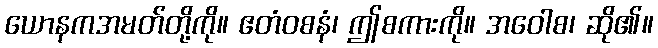
ယောနကအမတ်တို့ကို။ ဧတံဝစနံ၊ ဤစကားကို။ အဝေါစ၊ ဆို၏။